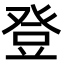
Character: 登